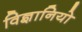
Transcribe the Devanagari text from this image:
विज्ञानियो